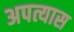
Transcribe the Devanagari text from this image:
अपत्यास